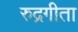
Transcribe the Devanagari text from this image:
रुद्रगीता